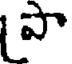
పా